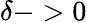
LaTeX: \delta->0